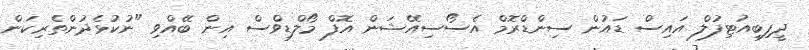
ދީފިބިއުޓިފުލް އައިސް ޑައުން ސިންޑްރޮމް އެސޯސިއޭޝަން އޮފް މޯލްޑިވްސް އިން ބޭއްވި "ނުކުޅެދުންތެރިކަން